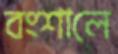
বংশালে